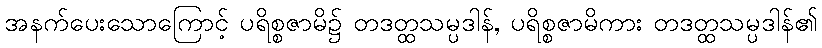
အနက်ပေးသောကြောင့် ပရိစ္စဇာမိ၌ တဒတ္ထသမ္ပဒါန်, ပရိစ္စဇာမိကား တဒတ္ထသမ္ပဒါန်၏